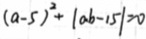
( a - 5 ) ^ { 2 } + \vert a b - 1 5 \vert = 0